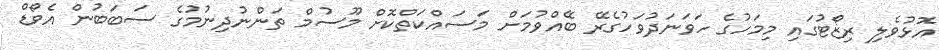
އޮޅުވެލި ރިޒޯޓުގައި މިމަހުގެ ހަވަނަދުވަހުގެރޭ ބޭއްވުމަށް މަސައްކަތްކޮށް މޫސުމް ތަންނުދިނުމުގެ ސަބަބުން އެވޯޑް